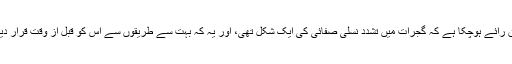
اس واقعہ پر مارتھا نوسبوم نے کہا کہ اب ایک وسیع اتفاق رائے ہوچکا ہے کہ گجرات میں تشدد نسلی صفائی کی ایک شکل تھی، اور یہ کہ بہت سے طریقوں سے اس کو قبل از وقت قرار دیا گیا تھا، اور یہ ریاستی حکومت کی شراکت سے ہوا تھا۔